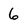
Character: 6